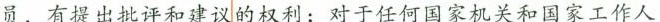
员，有提出批评和建议的权利；对于任何国家机关和国家工作人